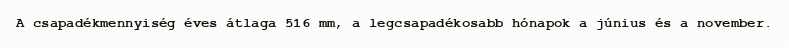
A csapadékmennyiség éves átlaga 516 mm, a legcsapadékosabb hónapok a június és a november.